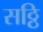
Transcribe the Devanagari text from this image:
सठ्ठि